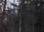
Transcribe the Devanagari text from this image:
क्यमू